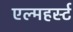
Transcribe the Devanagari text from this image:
एल्महर्स्ट